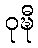
ဝုဍ္ဎီ